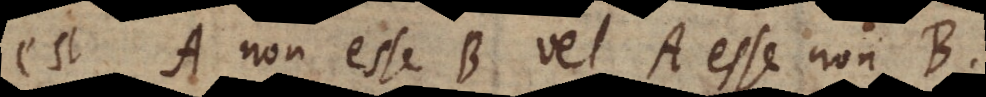
est A non esse B vel A esse non B.